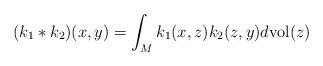
LaTeX: \begin{align*}(k_{1}*k_{2})(x,y)=\int_{M}k_{1}(x,z)k_{2}(z,y) d {\rm vol}(z)\end{align*}